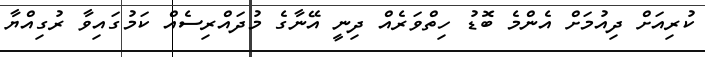
ކުރިއަށް ދިއުމަށް އެންމެ ބޮޑު ހިތްވަރެއް ދިނީ އޭނާގެ މުދައްރިސެއް ކަމުގައިވާ ރުގިއްޔާ